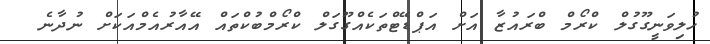
ހުލިވަނީގޫގުލް ކްރޯމް ބްރައުޒާ އަށް އަޕްޑޭޓްތަކެއްގޫގަލް ކްރޯމްބުކްތައް އޭއާރުއެމްއަކަށް ނުދާނެ